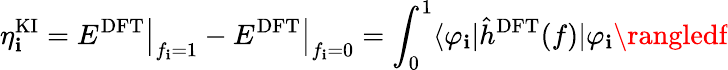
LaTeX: \eta_{\mathbf{i}}^{\mathrm{{KI}}}=\left.E^{\mathrm{{DFT}}}\right|_{f_{\mathbf{i}}=1}-\left.E^{\mathrm{{DFT}}}\right|_{f_{\mathbf{i}}=0}=\int_{0}^{1}\langle\varphi_{\mathbf{i}}\vert\hat{{h}}^{\mathrm{{DFT}}}(f)\vert\varphi_{\mathbf{i}}\rangledf